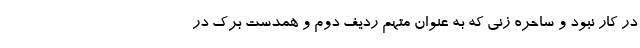
در کار نبود و ساحره زنی که به عنوان متهم ردیف دوم و همدست برک در